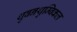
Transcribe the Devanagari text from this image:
थुवनथुम्बिकल